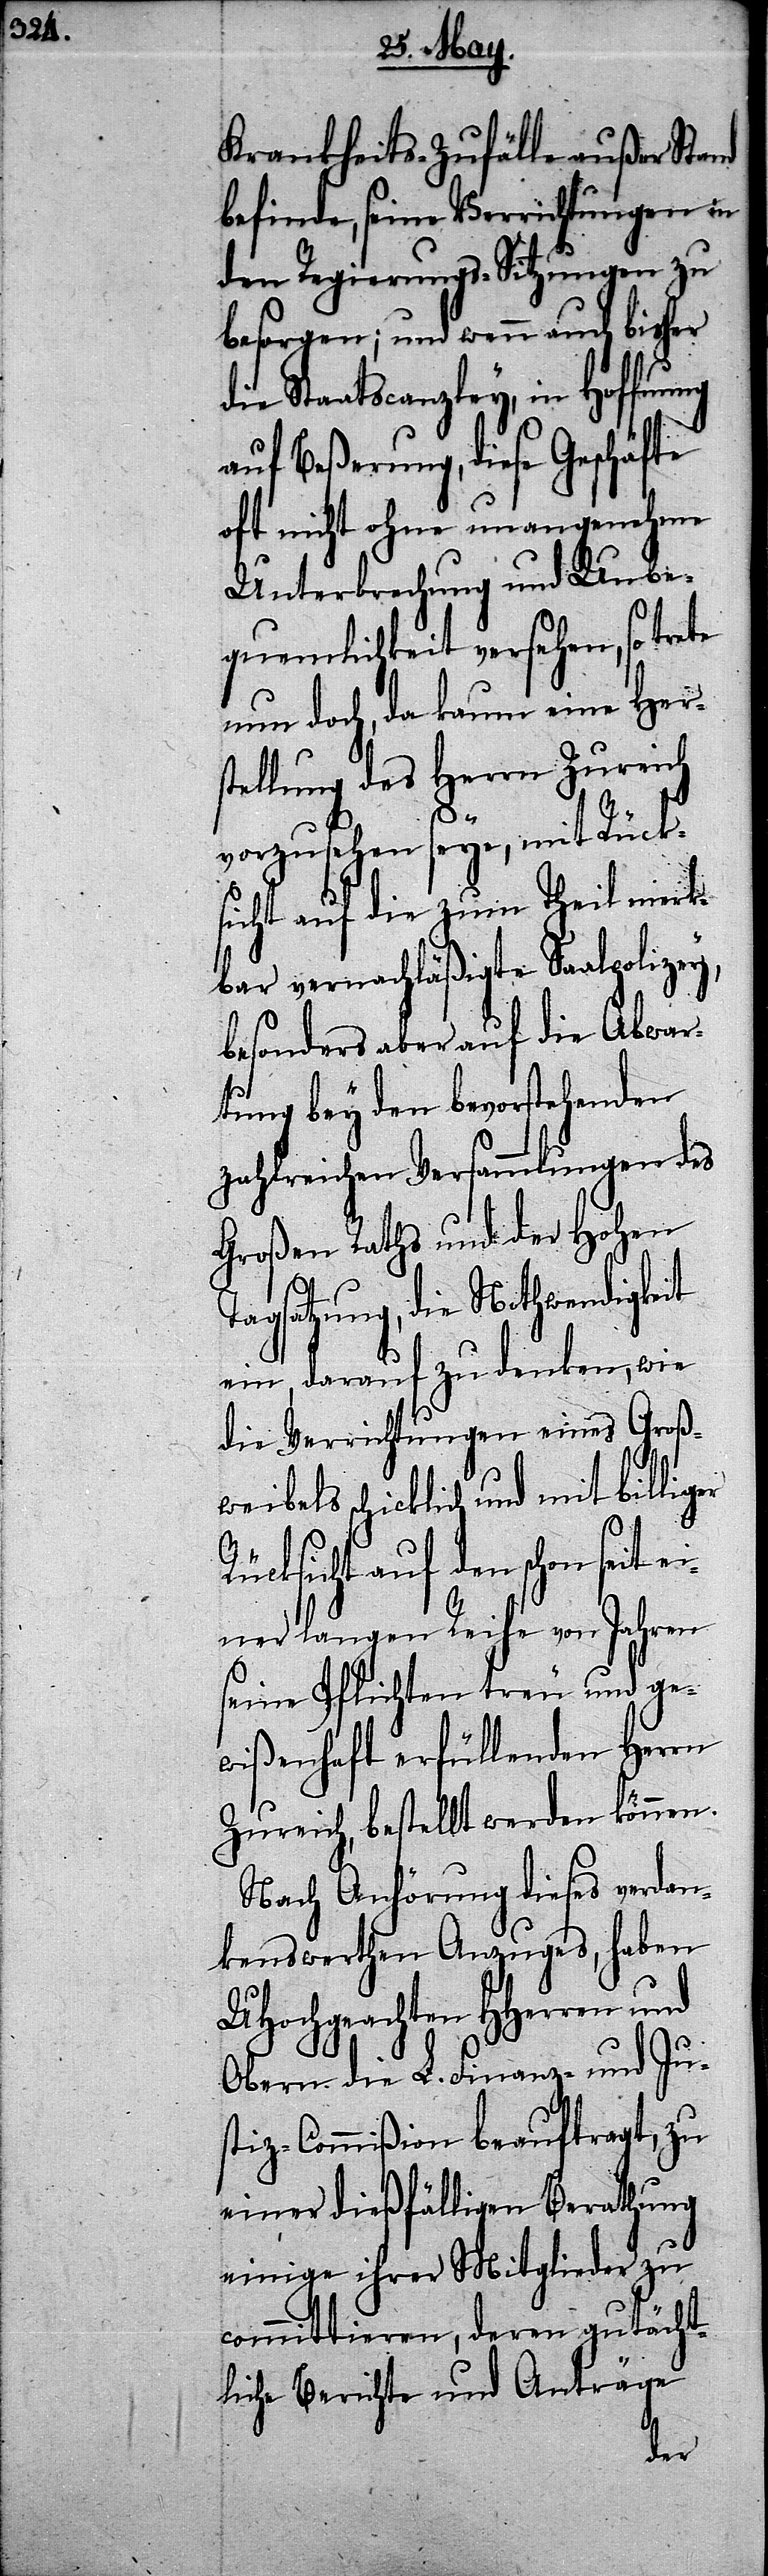
Krankheits-Zufälle außer Stand
befinde, seine Verrichtungen in
den Regierungs-Sitzungen zu
besorgen; und wenn auch bisher
die Staatscanzley, in Hoffnung
auf Beßerung, diese Geschäfte
oft nicht ohne unangenehme
Untersuchung und Unbe¬
quemlichkeit versehen, so trete
nun doch, da kaum eine Her¬
stellung des Herrn Zureich
vorzusehen seye, mit Rück¬
sicht auf die zum Theil merk¬
bar vernachläßigte Saalpolizey,
besonders aber auf die Abwar¬
tung bey den bevorstehenden
zahlreichen Versammlungen des
Großen Raths und der Hohen
Tagsatzung, die Nothwendigkeit
ein, darauf zu denken, wie
die Verrichtungen eines Großw¬
eibels schicklich und mit billig¬
Rücksicht auf den schon seit e¬
iner langen Reihe von Jahren
seine Pflichten treu und ge¬
wißenhaft erfüllenden Herrn
Zureich, bestellt werden können.
Nach Anhörung dieses verdan¬
kenswerthen Anzuges, haben
UHochgeachten HHerren
Obern die L. Finanz- und Ju¬
stiz-Commißion beauftragt, zu
einer dießfälligen Berathung
einige ihrer Mitglieder zu
comittieren, deren gutächt¬
liche Berichte und Anträge
er